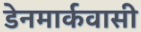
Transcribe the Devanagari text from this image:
डेनमार्कवासी